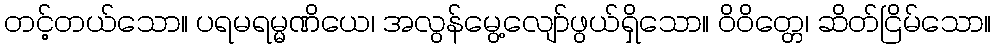
တင့်တယ်သော။ ပရမရမ္မဏိယေ၊ အလွန်မွေ့လျော်ဖွယ်ရှိသော။ ဝိဝိတ္တေ၊ ဆိတ်ငြိမ်သော။